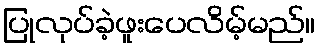
ပြုလုပ်ခဲ့ဖူးပေလိမ့်မည်။